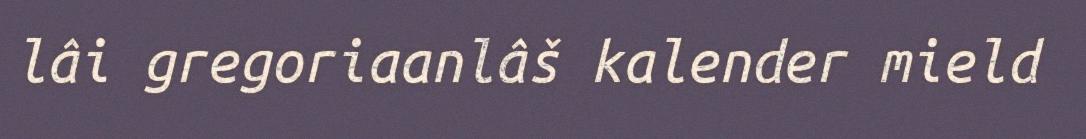
lâi gregoriaanlâš kalender mield